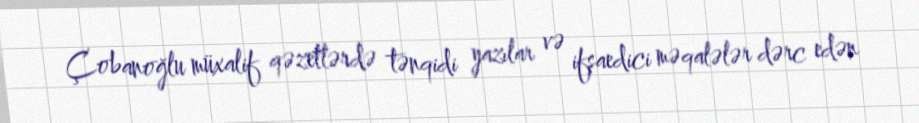
Çobanoğlu müxalif qəzetlərdə tənqidi yazılar və ifşaedici məqalələr dərc edən